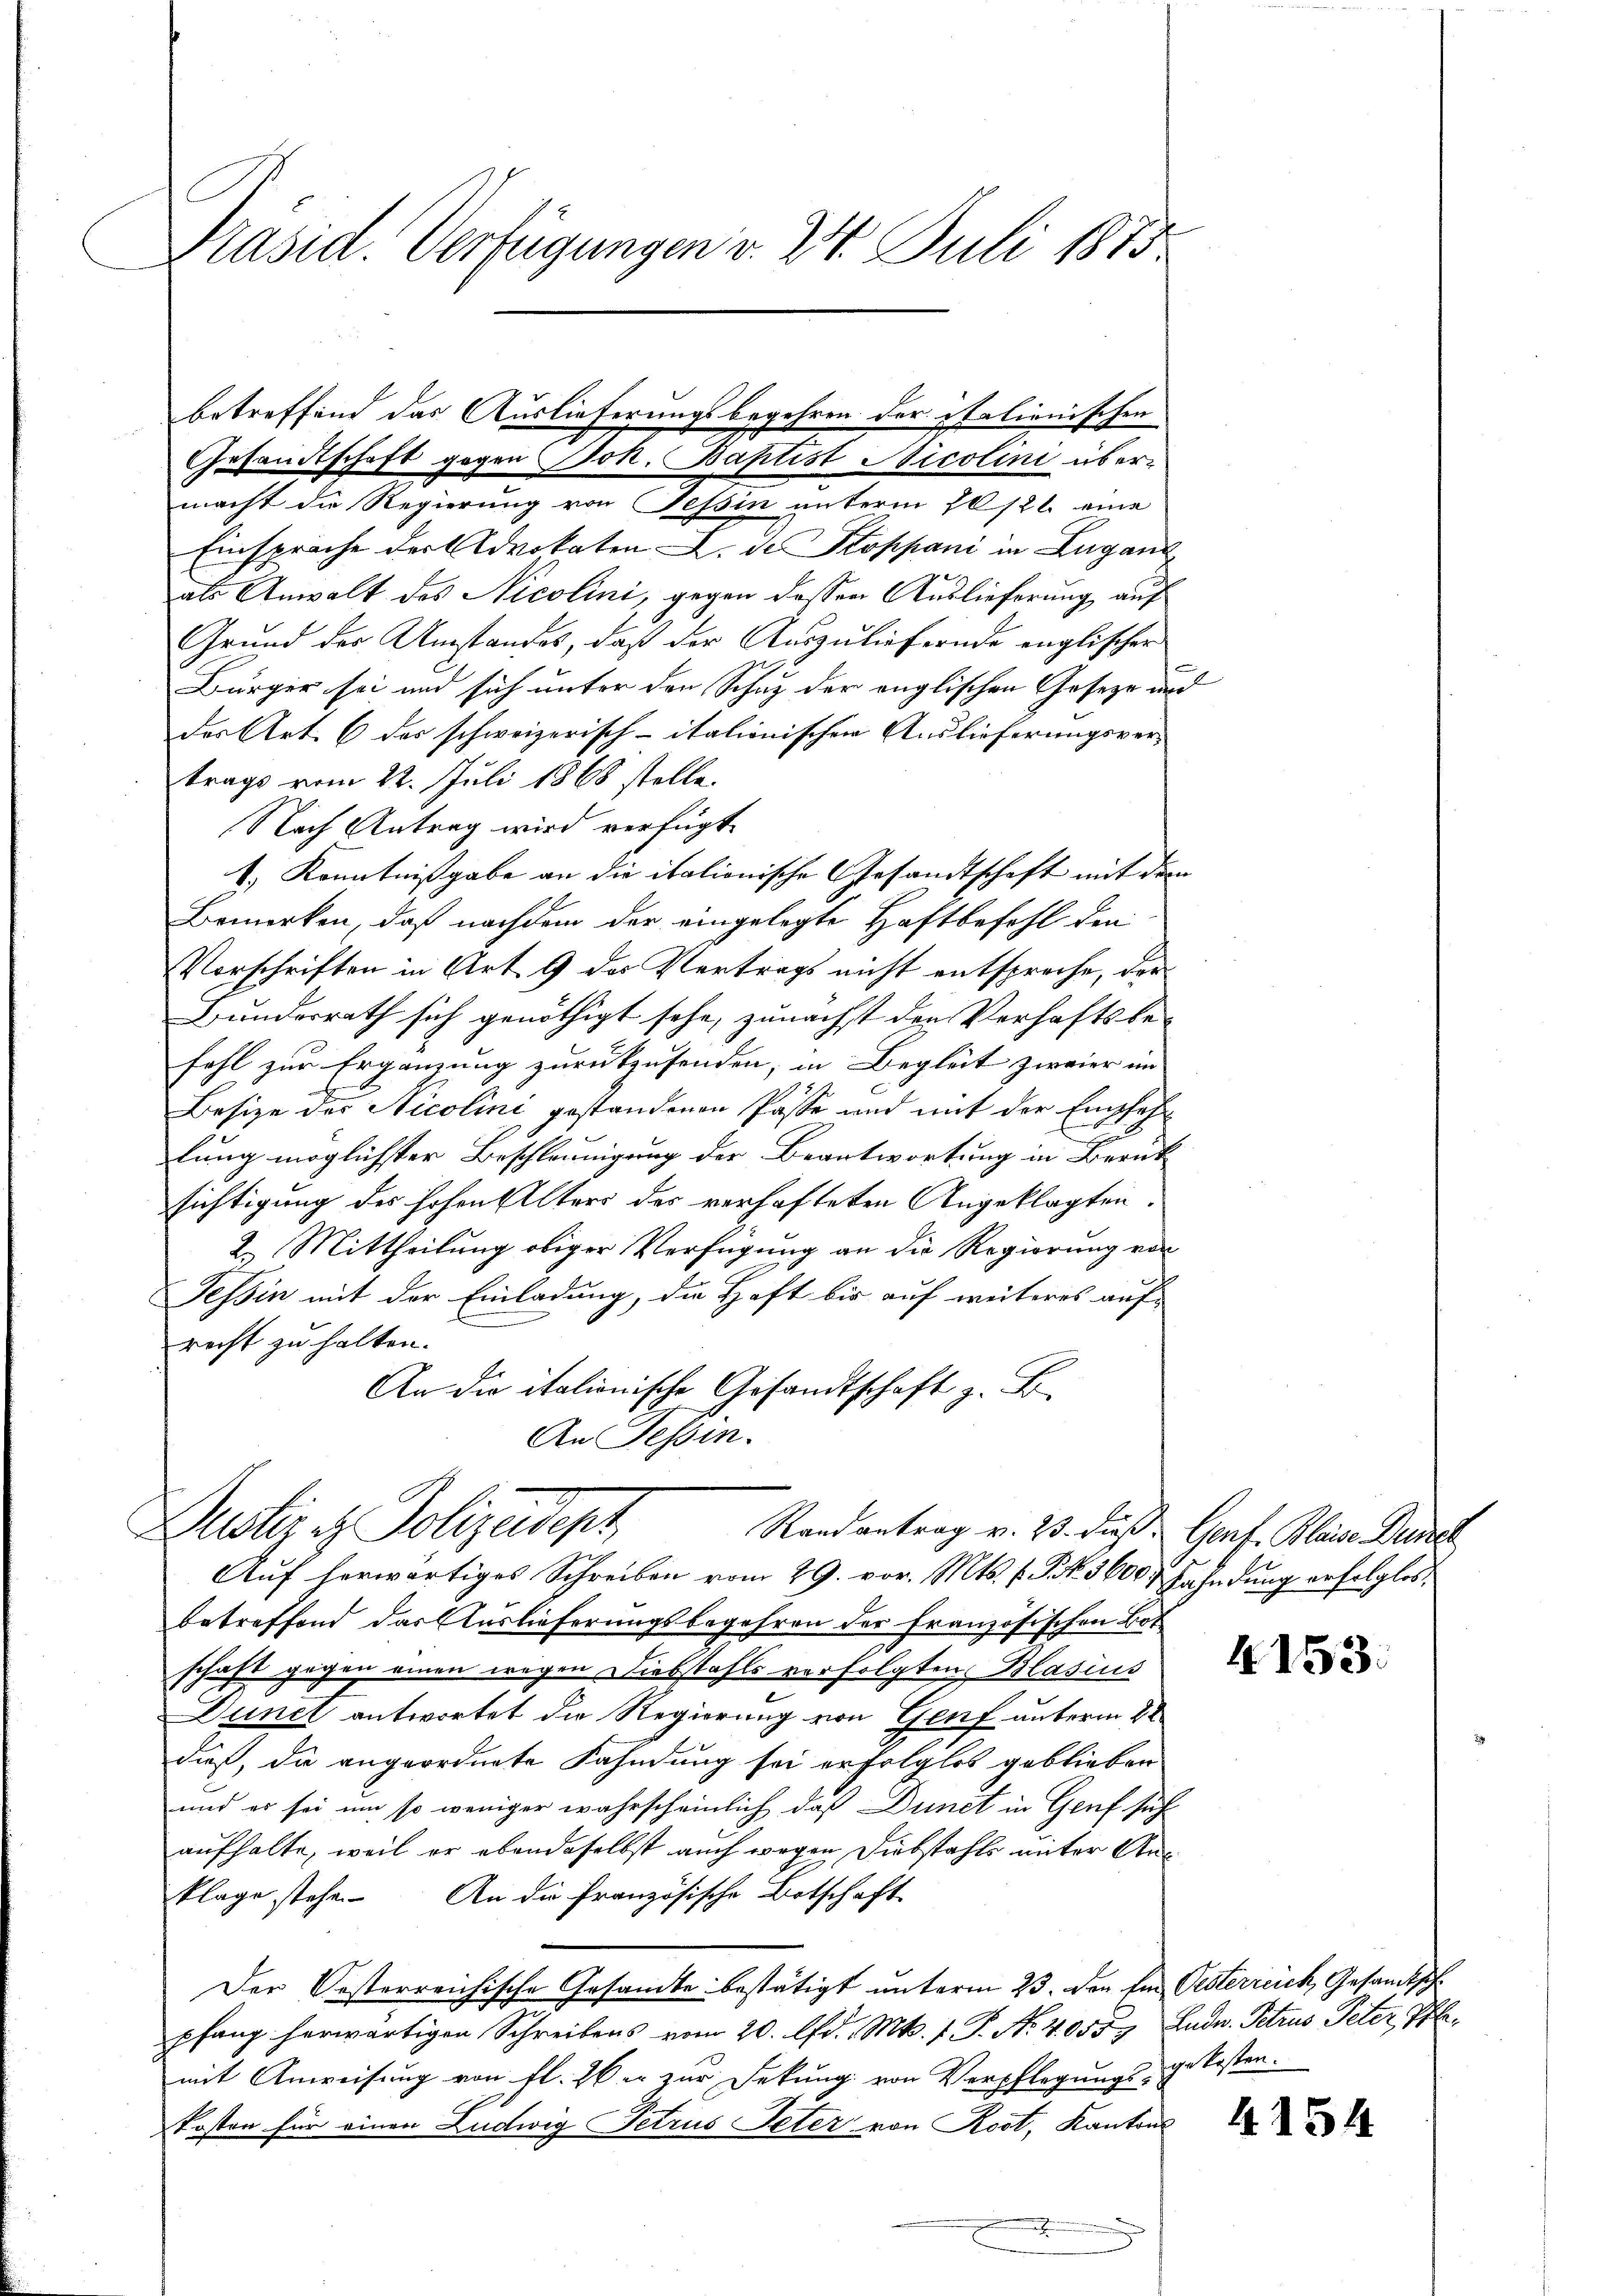
Präsid. Verfügungen v. 24. Juli 1875.

betreffend das Auslieferungsbegehren der italienischen
Gesandtschaft gegen Joh. Baptist Nicolini übermacht die Regierung von Tessin unterm 20./21. eine
Einsprache der Advokaten L. de Stoppani in Lugan
als Anwalt des Nicolini, gegen dessen Auslieferung auf
Grund des Umstandes, daß der Auszuliefernde englischer
Bürger sei und sich unter den Schutz der englischen Geseze und
des Art. 6 des schweizerisch-italionischen Auslieferungsvertrags vom 22. Juli 1868 stelle.
Nach Antrag wird verfügt
1.) Kenntnißgabe an die italionische Gesandtschaft mit dem
Bemerken, daß nachdem der eingelegte Haftbefehl den
Vorschriften in Art. 9 des Vertrags nicht entspreche, der
Bundesrath sich genöthigt sehe, zunächst den Verhaftsbe-
fahl zur Ergänzung zurückzusenden, in Begleit zweier im
Besize des Nicolini gestandenen Pässe und mit der Empfehlung möglichster Beschleunigung der Beantwortung in Berük
sichtigung des hohen Alters des verhafteten Angeklagten.
2. Mittheilung obiger Verfügung an die Regierung von
Tessin mit der Einladung, die Haft bis auf weiteres auf
recht zu halten.
An die italionische Gesandtschaft z. B.
An Tessin.
Justiz & Polizeidept
Randantrag v. 23. dieß. Genf. Bleise Durch
Auf herwärtiges Schreiben vom 29. vor. Mts. f. S. 3600 & Fahndung erfolglos
betreffend das Auslieferungsbegehren der französischen Botschaft gegen einen wegen Diebstahls verfolgten Blasius de
Dunel antwortet die Regierung von Genf unterm 8t
dieß, da angeordnete Kahndung sei erfolglos geblieben
und er sei um so weniger wahrscheinlich, daß Dunct in Genf sich
aufhalte, weil er ebendaselbst auch wegen Diebstahls unter Ausklage stehe. An die französische Botschaft
Der Oesterreichische Gesamte bestätigt unterm 23. den Ein Oesterreich, Gesandtsch
pfang herwärtigen Schreibens vom 20. d. Mts. 1. P. Nr. 40557. Ende. Petrus Peter Pflemit Anweisung von fl. 26 er zur Fetung von Verpflegungs-gekosten.
kosten für einen Ludwig Petrus Peter von Rost, Kantons
.

4154